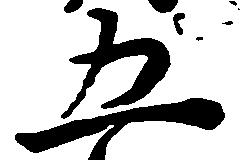
五